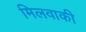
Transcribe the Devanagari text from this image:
मिलवाकी